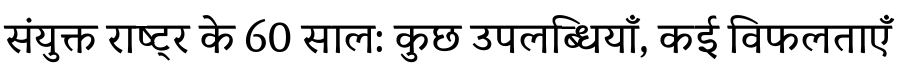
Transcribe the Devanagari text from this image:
संयुक्त राष्ट्र के 60 साल: कुछ उपलब्धियाँ, कई विफलताएँ